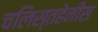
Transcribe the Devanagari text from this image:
चलिस्तहेनीस